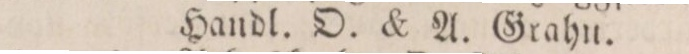
Handl. O. & A. Grahn.